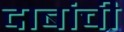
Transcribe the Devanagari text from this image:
दाबांची